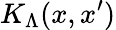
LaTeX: K_{\Lambda}(x,x^{\prime})